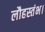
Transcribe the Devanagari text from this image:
लौहस्तंभ।